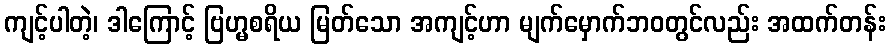
ကျင့်ပါတဲ့၊ ဒါကြောင့် ဗြဟ္မစရိယ မြတ်သော အကျင့်ဟာ မျက်မှောက်ဘဝတွင်လည်း အထက်တန်း